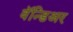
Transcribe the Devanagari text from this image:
वॅन्डिअर